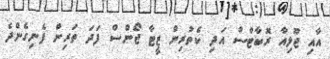
އާއި ޖޫލިއާ ރޮބާޓްސް އަދި ކެތުރިން ޒީޓާ ޖޯންސް ފަދަ ތަރިން ފެނިގެންދެ